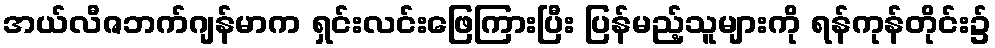
အယ်လီဇဘက်ဂျန်မာက ရှင်းလင်းဖြေကြားပြီး ပြန်မည့်သူများကို ရန်ကုန်တိုင်း၌